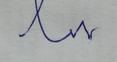
Signature authenticity: forged